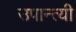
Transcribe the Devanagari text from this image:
उपान्त्यी